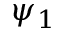
\psi _ { 1 }